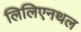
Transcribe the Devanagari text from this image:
लिलिएनथल